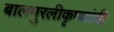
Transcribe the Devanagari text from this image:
बालमुरलीकृष्णांची